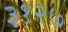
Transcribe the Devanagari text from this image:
३१२७